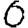
Digit: 6